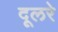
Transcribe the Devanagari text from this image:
दूलरे